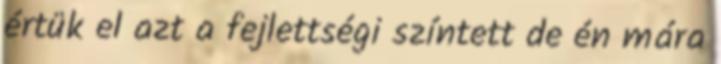
értük el azt a fejlettségi színtett de én mára